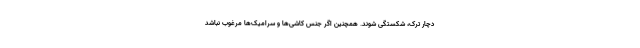
دچار ترک، شکستگی شوند. همچنین اگر جنس کاشی‌ها و سرامیک‌ها مرغوب نباشد